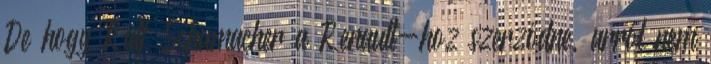
De hogy Ralf Schumacher a Renault-hoz szerződne, arról nem